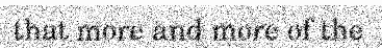
that more and more of the